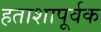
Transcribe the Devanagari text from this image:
हताशापूर्वक